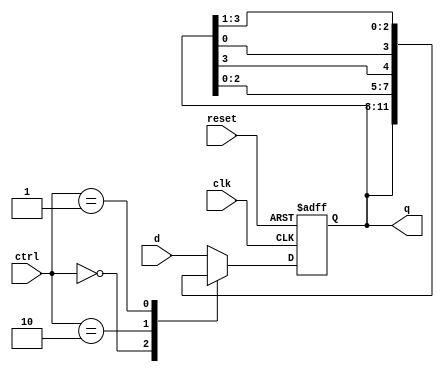
module iiitb_usr(
input wire clk, reset,
	input wire [1:0] ctrl,
	input wire [3:0] d,
	output wire [3:0] q
);

reg[3:0] r_reg, r_next;
always @(posedge clk, posedge reset)
	if (reset)
		r_reg<=0;
	else
		r_reg<=r_next;

always @*
	case(ctrl)
		2'b00: r_next=r_reg;
		2'b10: r_next={r_reg[2:0],r_reg[3]};
		2'b01: r_next={r_reg[0],r_reg[3:1]};
		default: r_next=d;
	endcase
assign q=r_reg;
endmodule